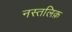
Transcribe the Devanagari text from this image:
नस्तलिक़